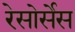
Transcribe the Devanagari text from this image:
रेसोर्सेस